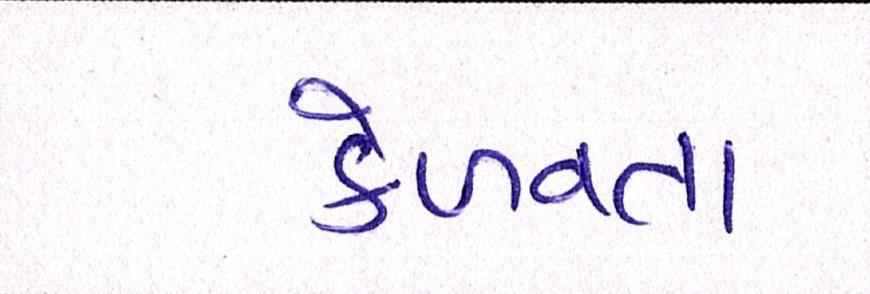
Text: કેળવતા